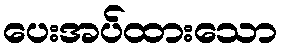
ပေးအပ်ထားသော